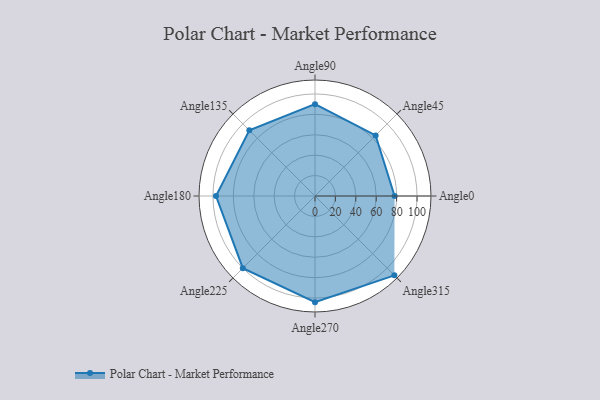
{"axis": {"x": "Angle", "y": "Radius"}, "legend": [""], "data": [{"x": "Angle0", "y": 78.0, "type": ""}, {"x": "Angle45", "y": 84.0, "type": ""}, {"x": "Angle90", "y": 90.0, "type": ""}, {"x": "Angle135", "y": 91.0, "type": ""}, {"x": "Angle180", "y": 97.0, "type": ""}, {"x": "Angle225", "y": 100.0, "type": ""}, {"x": "Angle270", "y": 104.0, "type": ""}, {"x": "Angle315", "y": 110.0, "type": ""}]}